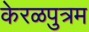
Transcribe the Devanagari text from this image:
केरळपुत्रम